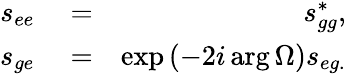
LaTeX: \begin{array}{rlr}{s_{ee}}&{{}=}&{s_{gg}^{\ast},}\\ {s_{ge}}&{{}=}&{\exp\left(-2i\arg\Omega\right)s_{eg.}}\end{array}